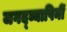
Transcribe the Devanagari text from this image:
जगद्व्यापिनीं